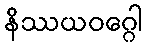
နိဿယဝဂ္ဂေါ